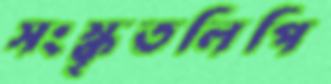
সংস্কৃতলিপি